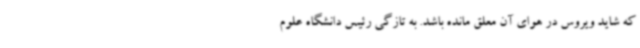
که شاید ویروس در هوای آن معلق مانده باشد. به تازگی رئیس دانشگاه علوم